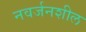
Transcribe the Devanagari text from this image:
नवर्जनशील